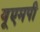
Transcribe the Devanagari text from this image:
यूएमपी